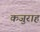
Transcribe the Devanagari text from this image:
कजुराह